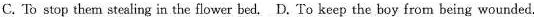
C. To stop them stealing in the flower bed.D. To keep the boy from being wounded.